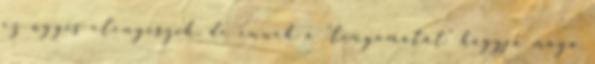
ez úgyis elenyészik, de ennek a "lenyomatát" hagyja maga